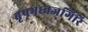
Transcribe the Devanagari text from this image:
बृषभध्वजगिरि